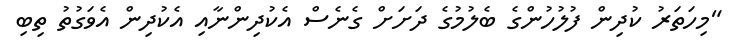
"މިހަތަރު ކުދިން ފުލުހުންގެ ބެލުމުގެ ދަށަށް ގެނެސް އެކުދިންނާއި އެކުދިން އެވަގުތު ތިބި